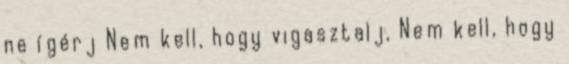
ne ígérj Nem kell, hogy vigasztalj, Nem kell, hogy